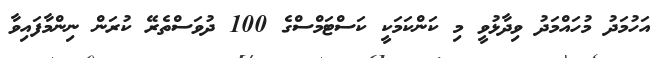
އަހުމަދު މުހައްމަދު ވިދާޅުވީ މި ކަންކަމަކީ ކަސްޓަމްސްގެ 100 ދުވަސްތެރޭ ކުރަން ނިންމާފައިވާ